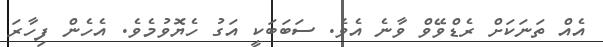
އެއް ތަނަކަށް ރެޑްވޭވް ވާނެ އެވެ. ސަބަބަކީ އަގު ހެޔޮވުމެވެ. އެހެން ފިހާރަ